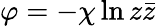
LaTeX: \varphi=-\chi\ln z\bar{z}